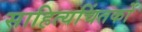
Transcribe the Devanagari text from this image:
साहित्यचिंतकों